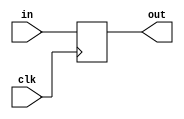
// Delay a signal 1 clock cycle
module delay (
    input clk,
    input in,
    output reg out
);

always @(posedge clk) 
    out <= in;

endmodule